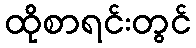
ထိုစာရင်းတွင်